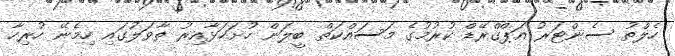
ހެލްތު ސެންޓަރު އަޕްގްރޭޑް ކުރުމުގެ މަސައްކަތް ބީލަން ހުށަހަޅާއިރު ތާވަލުގައި ހިމެނޭ ހުރިހާ